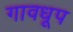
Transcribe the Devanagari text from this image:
गावधूप